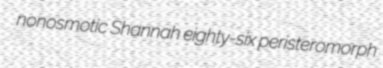
nonosmotic Shannah eighty-six peristeromorph